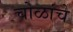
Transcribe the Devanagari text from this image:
चोळांचे